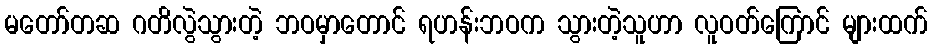
မတော်တဆ ဂတိလွဲသွားတဲ့ ဘဝမှာတောင် ရဟန်းဘဝက သွားတဲ့သူဟာ လူဝတ်ကြောင် များထက်